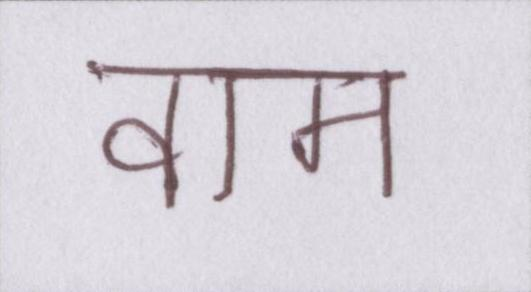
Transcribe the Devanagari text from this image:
वाम